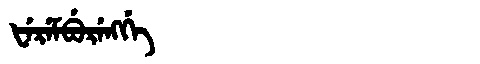
Manchu: ᡶᡝᡵᡝᠮᠪᡠᡵᡝᠩᡤᡝ
Romanization: FEREMBURENGGE